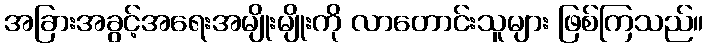
အခြားအခွင့်အရေးအမျိုးမျိုးကို လာတောင်းသူများ ဖြစ်ကြသည်။